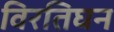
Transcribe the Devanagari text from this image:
विरतिघन